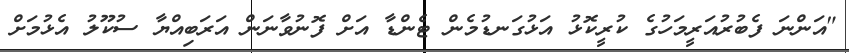
"އަންނަ ފެބުރުއަރީމަހުގެ ކުރީކޮޅު އަޅުގަނޑުމެން ޓެންޑާ އަށް ފޮނުވާނަން އަރަބިއްޔާ ސުކޫލު އެޅުމަށް